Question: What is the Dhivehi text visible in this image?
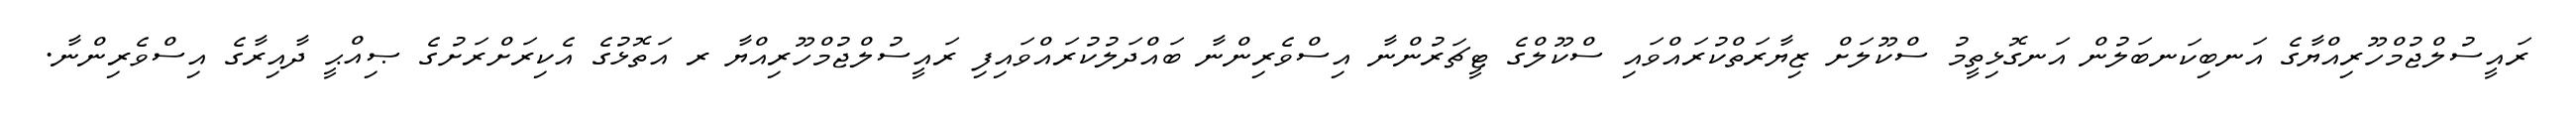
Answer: ރައީސުލްޖުމްހޫރިއްޔާގެ އަނބިކަނބަލުން އަނގޮޅިތީމު ސްކޫލަށް ޒިޔާރަތްކުރައްވައި ސްކޫލްގެ ޓީޗަރުންނާ އިސްވެރިންނާ ބައްދަލުކުރައްވައިފި ރައީސުލްޖުމްހޫރިއްޔާ ރ އަތޮޅުގެ އެކިރަށްރަށުގެ ޞިއްޙީ ދާއިރާގެ އިސްވެރިންނާ.